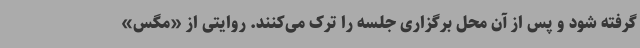
گرفته شود و پس از آن محل برگزاری جلسه را ترک می‌کنند. روایتی از «مگس»